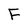
Character: F